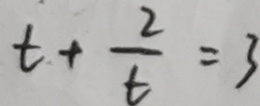
t + \frac { 2 } { t } = 3